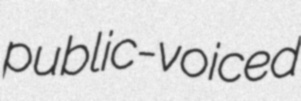
public-voiced